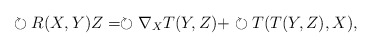
\begin{align*}\circlearrowright R(X,Y)Z=\circlearrowright \nabla_X T(Y,Z) + \circlearrowright T(T(Y,Z),X),\end{align*}